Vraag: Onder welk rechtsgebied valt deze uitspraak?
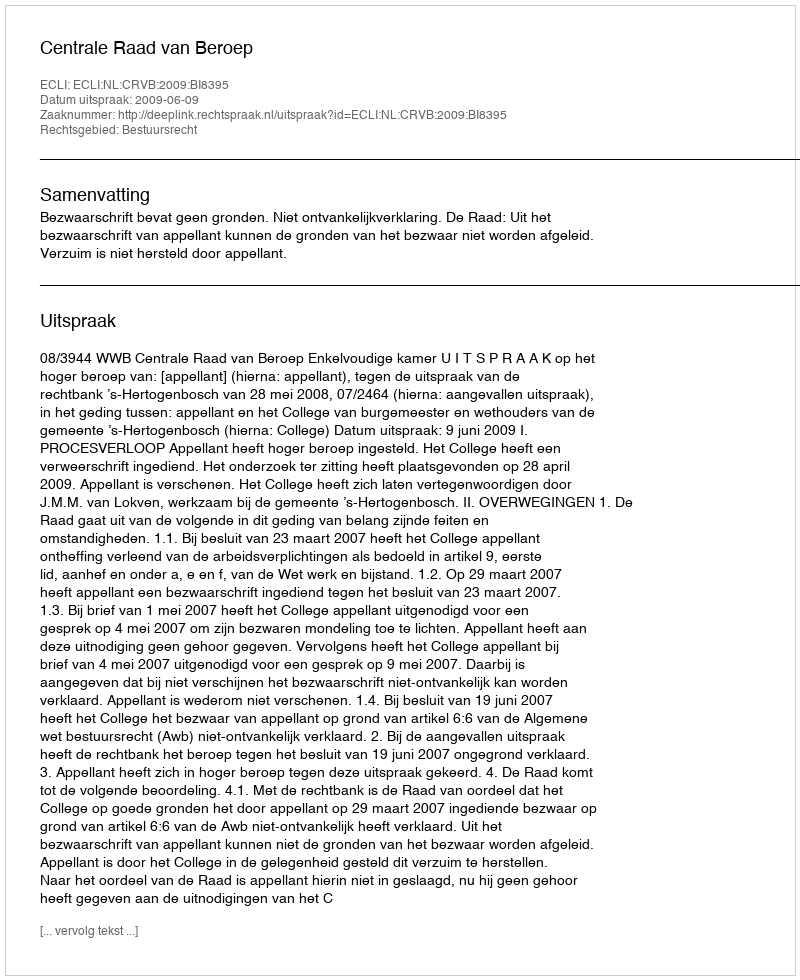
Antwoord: Bestuursrecht